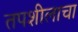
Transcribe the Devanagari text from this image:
तपशीलाचा